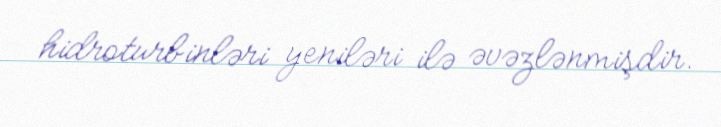
hidroturbinləri yeniləri ilə əvəzlənmişdir.